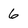
Character: 6